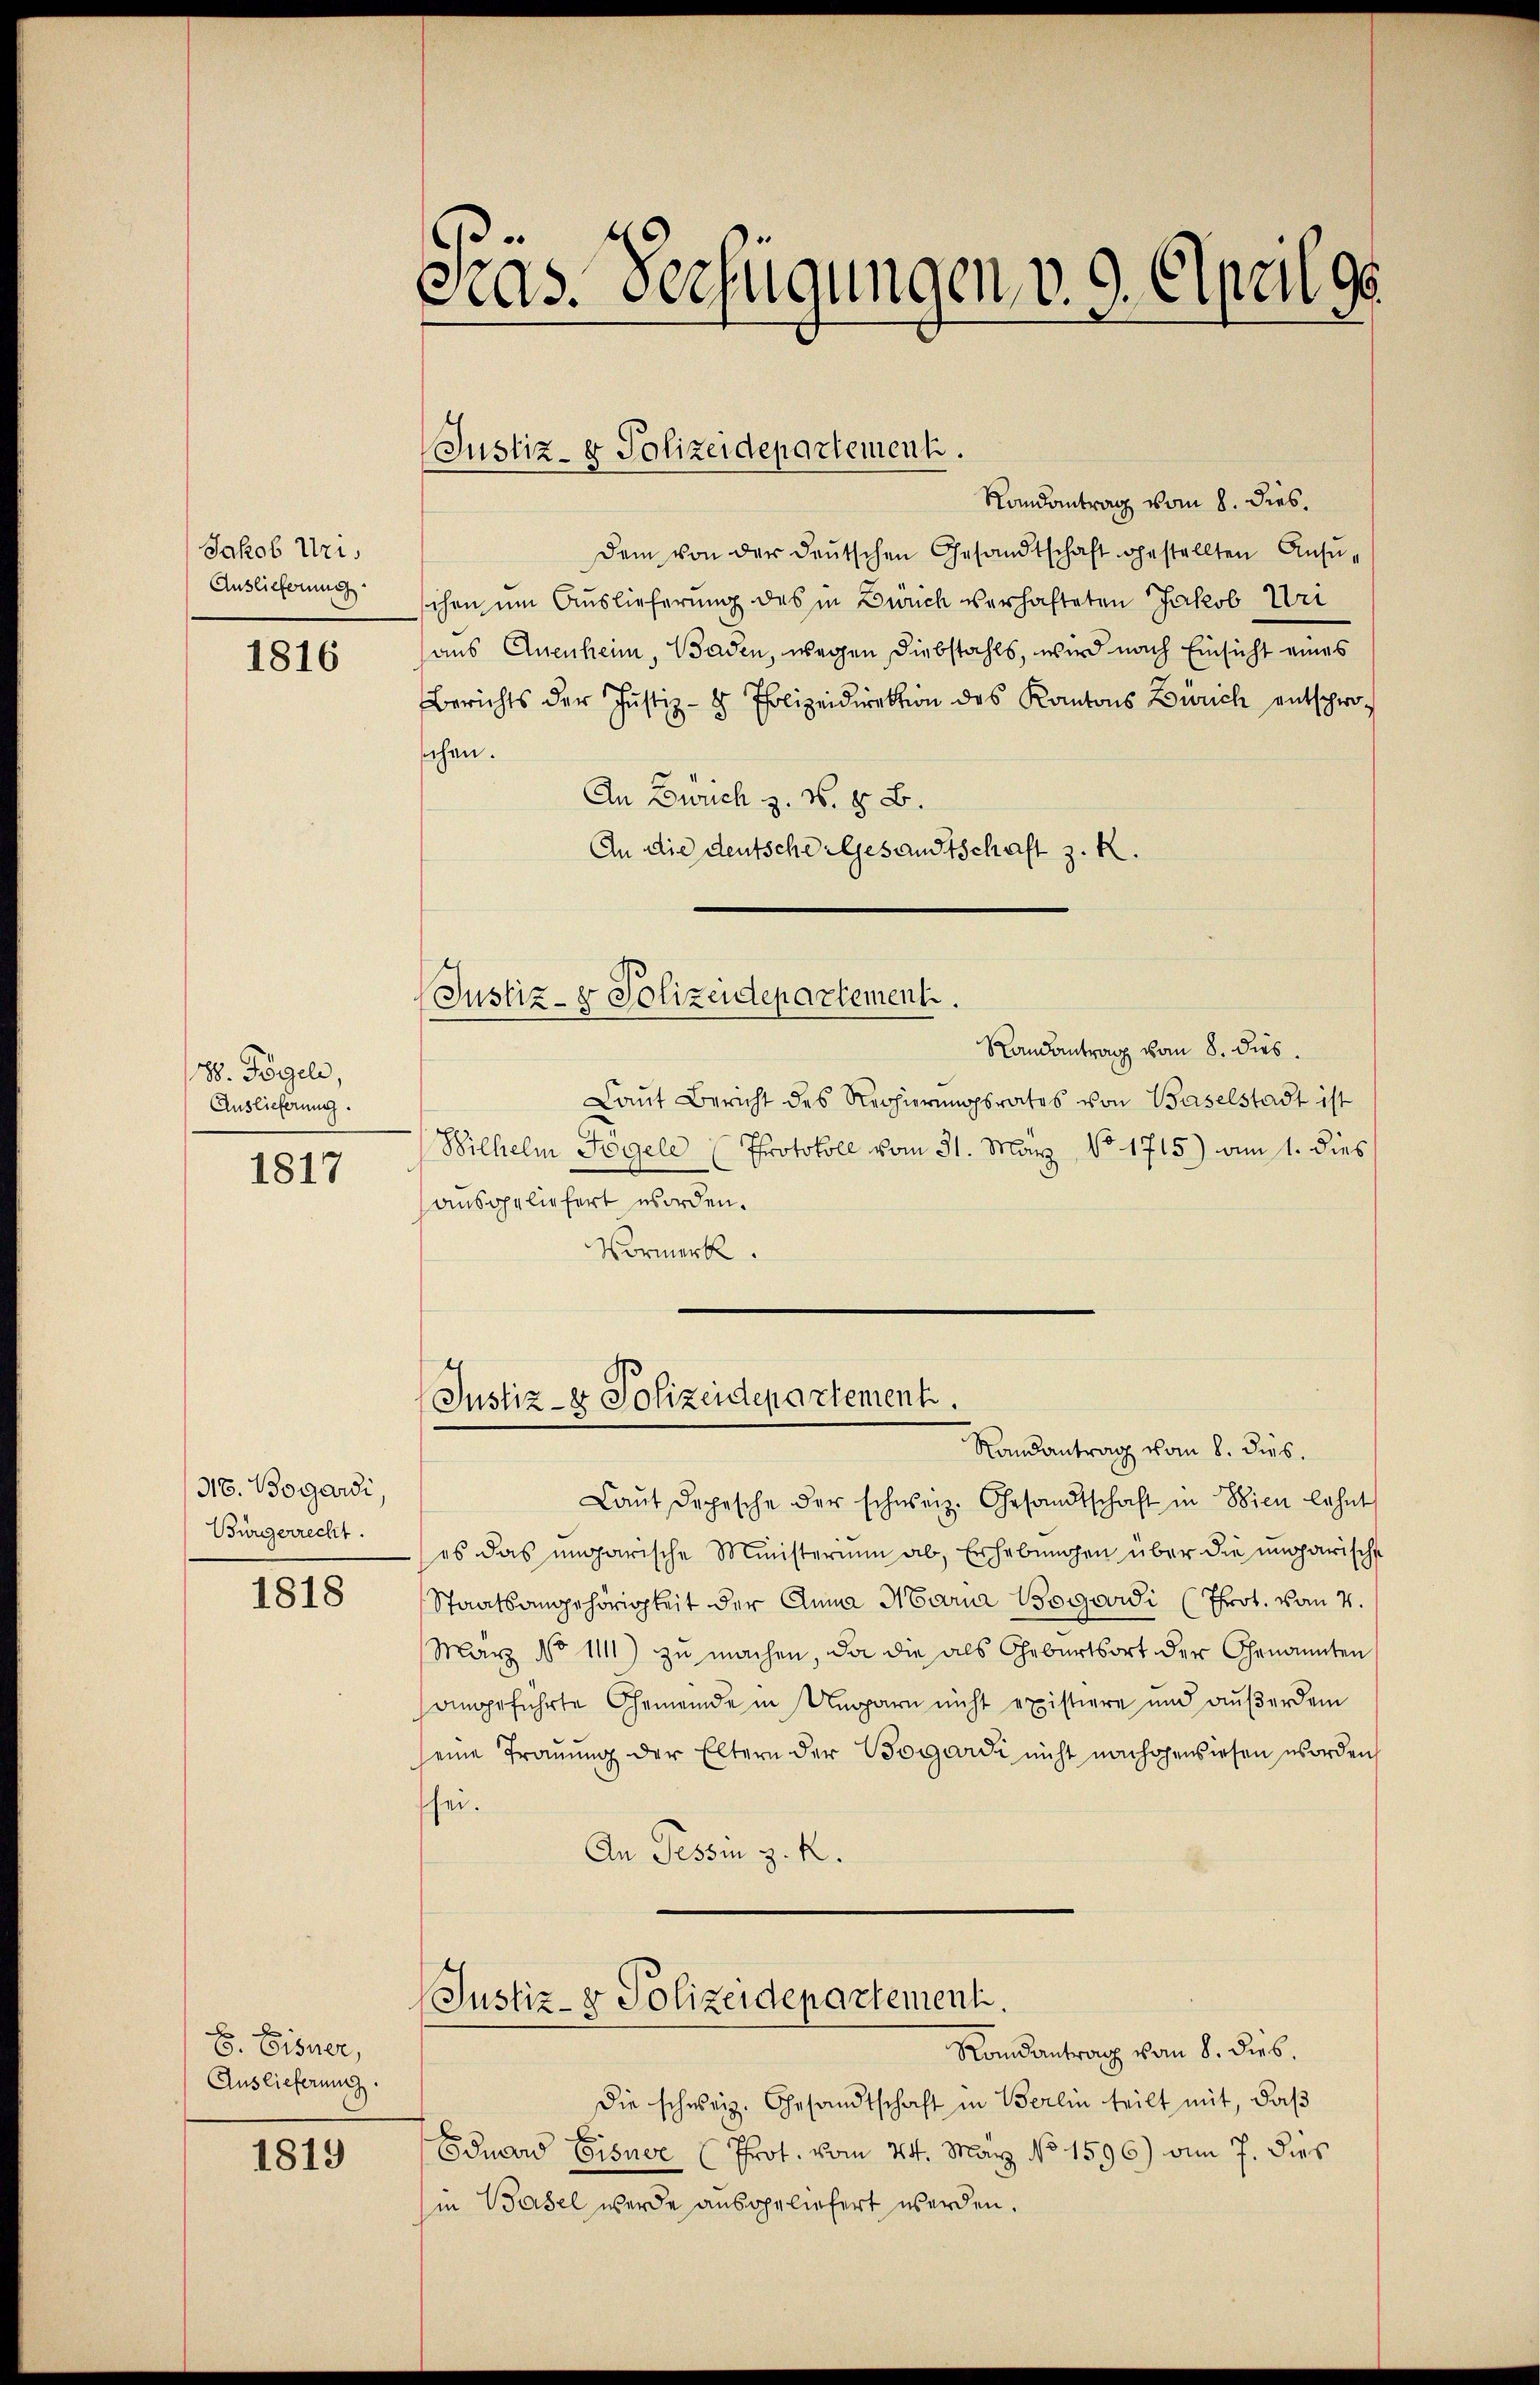
Jakob Uri,
Auslieferung.

1816

188. Fögeli,
Auslieferung.
1817

316. Bogardi,
Bürgerrecht.

1818

8. Eisner,
Auslieferung.

1819

Cas. Verfügungen, v. 9. Elpell ge

Randantrag vom 8. dies.
dem von der deutschen Gesandtschaft gestellten Ansuchen um Auslieferung des in Zürich verhafteten Jakob Uri
aus Anenheim, Baden, wegen Diebstahls, wird nach Einsicht eines
Berichts der Justiz- & Polizeidirektion des Kantons Zürich entschwoschen.
An Zürich z. S. 8 B.
An die deutsche Gesandtschaft z. K.
Justiz- & Polizeidepartement.

Justiz- & Polizeidepartement.

Randantrag vom 8. dies
Laut Bericht des Regierungsrates von Baselstadt ist
Wilhelm Fögel (Protokoll vom 31. März No. 1715) am 1. dies
ausgeliefert worden.
Vormerk.

Laŭt Depesche der schweiz. Gesandtschaft in Wien lehnt
es das ungarische Ministerium ab, Erhebungen über die ungarische
Staatsangehörigkeit der Anna Maria Bogovii (Prot. vom 4.
März No 1111) zu machen, da die als Geburtsort der Genannten
oingeführte Gemeinde in Ungarn nicht existiere und außerdem
seine Trauung der Eltern der Bogardi nicht nachgewiesen worden
sei.
An Tessin z. R.

Justiz- & Polizeidepartement.
Randantrag vom 8. dies

Justiz- & Polizeidepartement.

Randantrag vom 8. dieb.
Die schweiz. Gesandtschaft in Berlin teilt mit, daß
Eduard Eisner (Prot. vom 24. May No 1596) am 7. dies
hin Basel werde ausgeliefert werden.